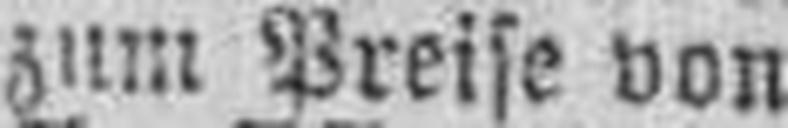
zum Preise von